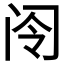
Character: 𫠂